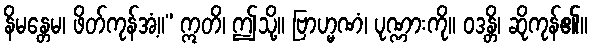
နိမန္တေမ၊ ဖိတ်ကုန်အံ့။” ဣတိ၊ ဤသို့။ ဗြာဟ္မဏံ၊ ပုဏ္ဏားကို။ ဝဒန္တိ၊ ဆိုကုန်၏။